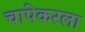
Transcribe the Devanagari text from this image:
चापेकरला